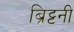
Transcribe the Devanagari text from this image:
ब्रिट्टनी